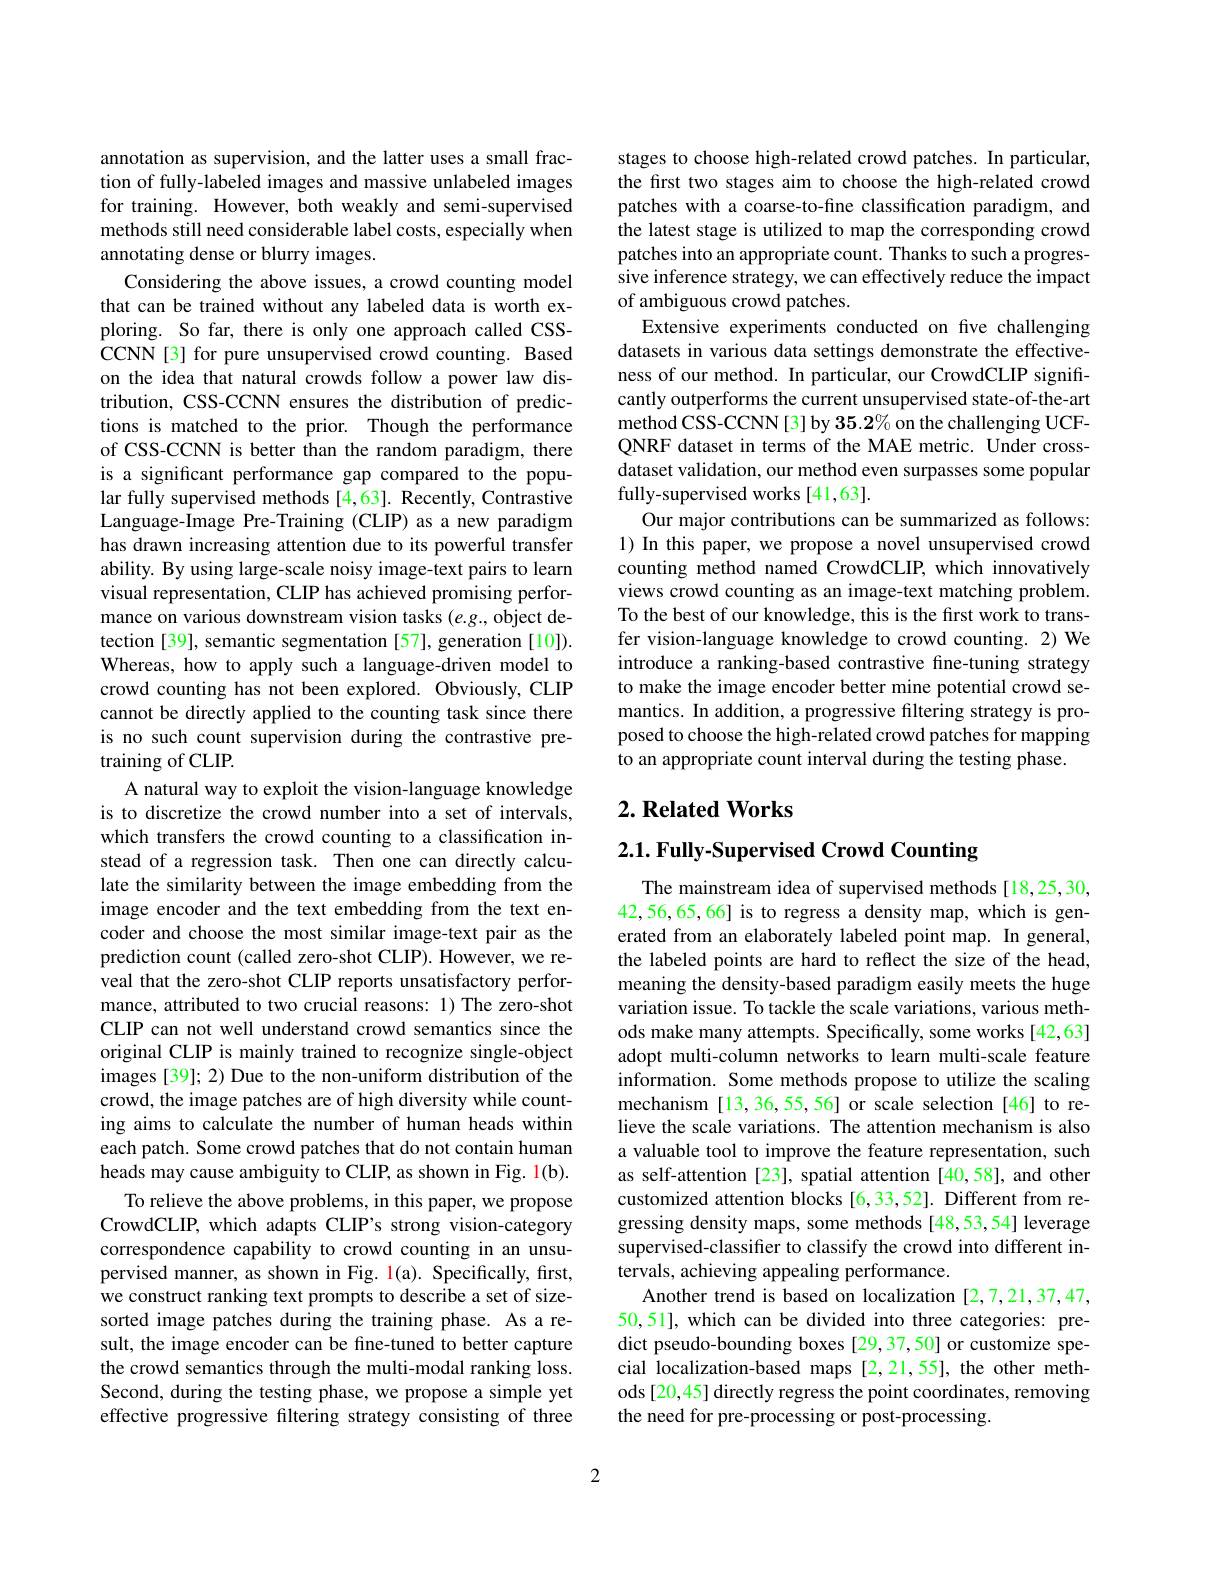
annotation as supervision, and the latter uses a small fraction of fully-labeled images and massive unlabeled images for training. However, both weakly and semi-supervised methods still need considerable label costs, especially when annotating dense or blurry images.
Considering the above issues, a crowd counting model that can be trained without any labeled data is worth exploring. So far, there is only one approach called CSSCCNN [3] for pure unsupervised crowd counting. Based on the idea that natural crowds follow a power law distribution, CSS-CCNN ensures the distribution of predictions is matched to the prior. Though the performance of CSS-CCNN is better than the random paradigm, there is a significant performance gap compared to the popular fully supervised methods [4,63]. Recently, Contrastive Language-Image Pre-Training (CLIP) as a new paradigm has drawn increasing attention due to its powerful transfer ability. By using large-scale noisy image-text pairs to learn visual representation, CLIP has achieved promising performance on various downstream vision tasks (e.g., object detection [39], semantic segmentation [57], generation [10]). Whereas, how to apply such a language-driven model to crowd counting has not been explored. Obviously, CLIP cannot be directly applied to the counting task since there is no such count supervision during the contrastive pretraining of CLIP.
A natural way to exploit the vision-language knowledge is to discretize the crowd number into a set of intervals, which transfers the crowd counting to a classification instead of a regression task. Then one can directly calculate the similarity between the image embedding from the image encoder and the text embedding from the text encoder and choose the most similar image-text pair as the prediction count (called zero-shot CLIP). However, we reveal that the zero-shot CLIP reports unsatisfactory performance, attributed to two crucial reasons: 1) The zero-shot CLIP can not well understand crowd semantics since the original CLIP is mainly trained to recognize single-object images [39]; 2) Due to the non-uniform distribution of the crowd, the image patches are of high diversity while counting aims to calculate the number of human heads within each patch. Some crowd patches that do not contain human heads may cause ambiguity to CLIP, as shown in Fig. l(b).
To relieve the above problems, in this paper, we propose CrowdCLIP, which adapts CLIP's strong vision-category correspondence capability to crowd counting in an unsupervised manner, as shown in Fig. l(a). Specifically, first, we construct ranking text prompts to describe a set of sizesorted image patches during the training phase. As a result, the image encoder can be fine-tuned to better capture the crowd semantics through the multi-modal ranking loss. Second, during the testing phase, we propose a simple yet effective progressive filtering strategy consisting of three

stages to choose high-related crowd patches. In particular, the first two stages aim to choose the high-related crowd patches with a coarse-to-fine classification paradigm, and the latest stage is utilized to map the corresponding crowd patches into an appropriate count. Thanks to such a progressive inference strategy, we can effectively reduce the impact of ambiguous crowd patches.
Extensive experiments conducted on five challenging datasets in various data settings demonstrate the effectiveness of our method. In particular, our CrowdCLIP significantly outperforms the current unsupervised state-of-the-art method CSS-CCNN [3] by 35.2% on the challenging UCFQNRF dataset in terms of the MAE metric. Under crossdataset validation, our method even surpasses some popular fully-supervised works [41,63].
Our major contributions can be summarized as follows: 1) In this paper, we propose a novel unsupervised crowd counting method named CrowdCLIP, which innovatively views crowd counting as an image-text matching problem. To the best of our knowledge, this is the first work to transfer vision-language knowledge to crowd counting. 2) We introduce a ranking-based contrastive fine-tuning strategy to make the image encoder better mine potential crowd semantics. In addition, a progressive filtering strategy is proposed to choose the high-related crowd patches for mapping to an appropriate count interval during the testing phase.

## $2. \textbf{Related Works}$

# 2.1. Fully-Supervised Crowd Counting

The mainstream idea of supervised methods [18,25,30, 42,56,65,66] is to regress a density map, which is generated from an elaborately labeled point map. In general, the labeled points are hard to reflect the size of the head, meaning the density-based paradigm easily meets the huge variation issue. To tackle the scale variations, various methods make many attempts. Specifically, some works [42,63] adopt multi-column networks to learn multi-scale feature information. Some methods propose to utilize the scaling mechanism[13,36,55,56] or scale selection[46] to relieve the scale variations. The attention mechanism is also a valuable tool to improve the feature representation, such as self-attention [23], spatial attention [40,58], and other customized attention blocks [6,33,52]. Different from regressing density maps, some methods [48,53,54] leverage supervised-classifier to classify the crowd into different intervals, achieving appealing performance.
Another trend is based on localization [2,7,21,37,47, 50,51], which can be divided into three categories: predict pseudo-bounding boxes [29,37,50] or customize special localization-based maps [2,21,55], the other methods [20,45] directly regress the point coordinates, removing the need for pre-processing or post-processing.

2